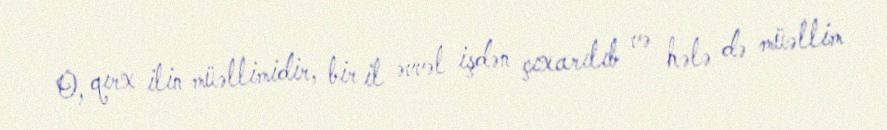
O, qırx ilin müəllimidir, bir il əvvəl işdən çıxarılıb və hələ də müəllim